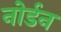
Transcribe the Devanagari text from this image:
नोर्डन